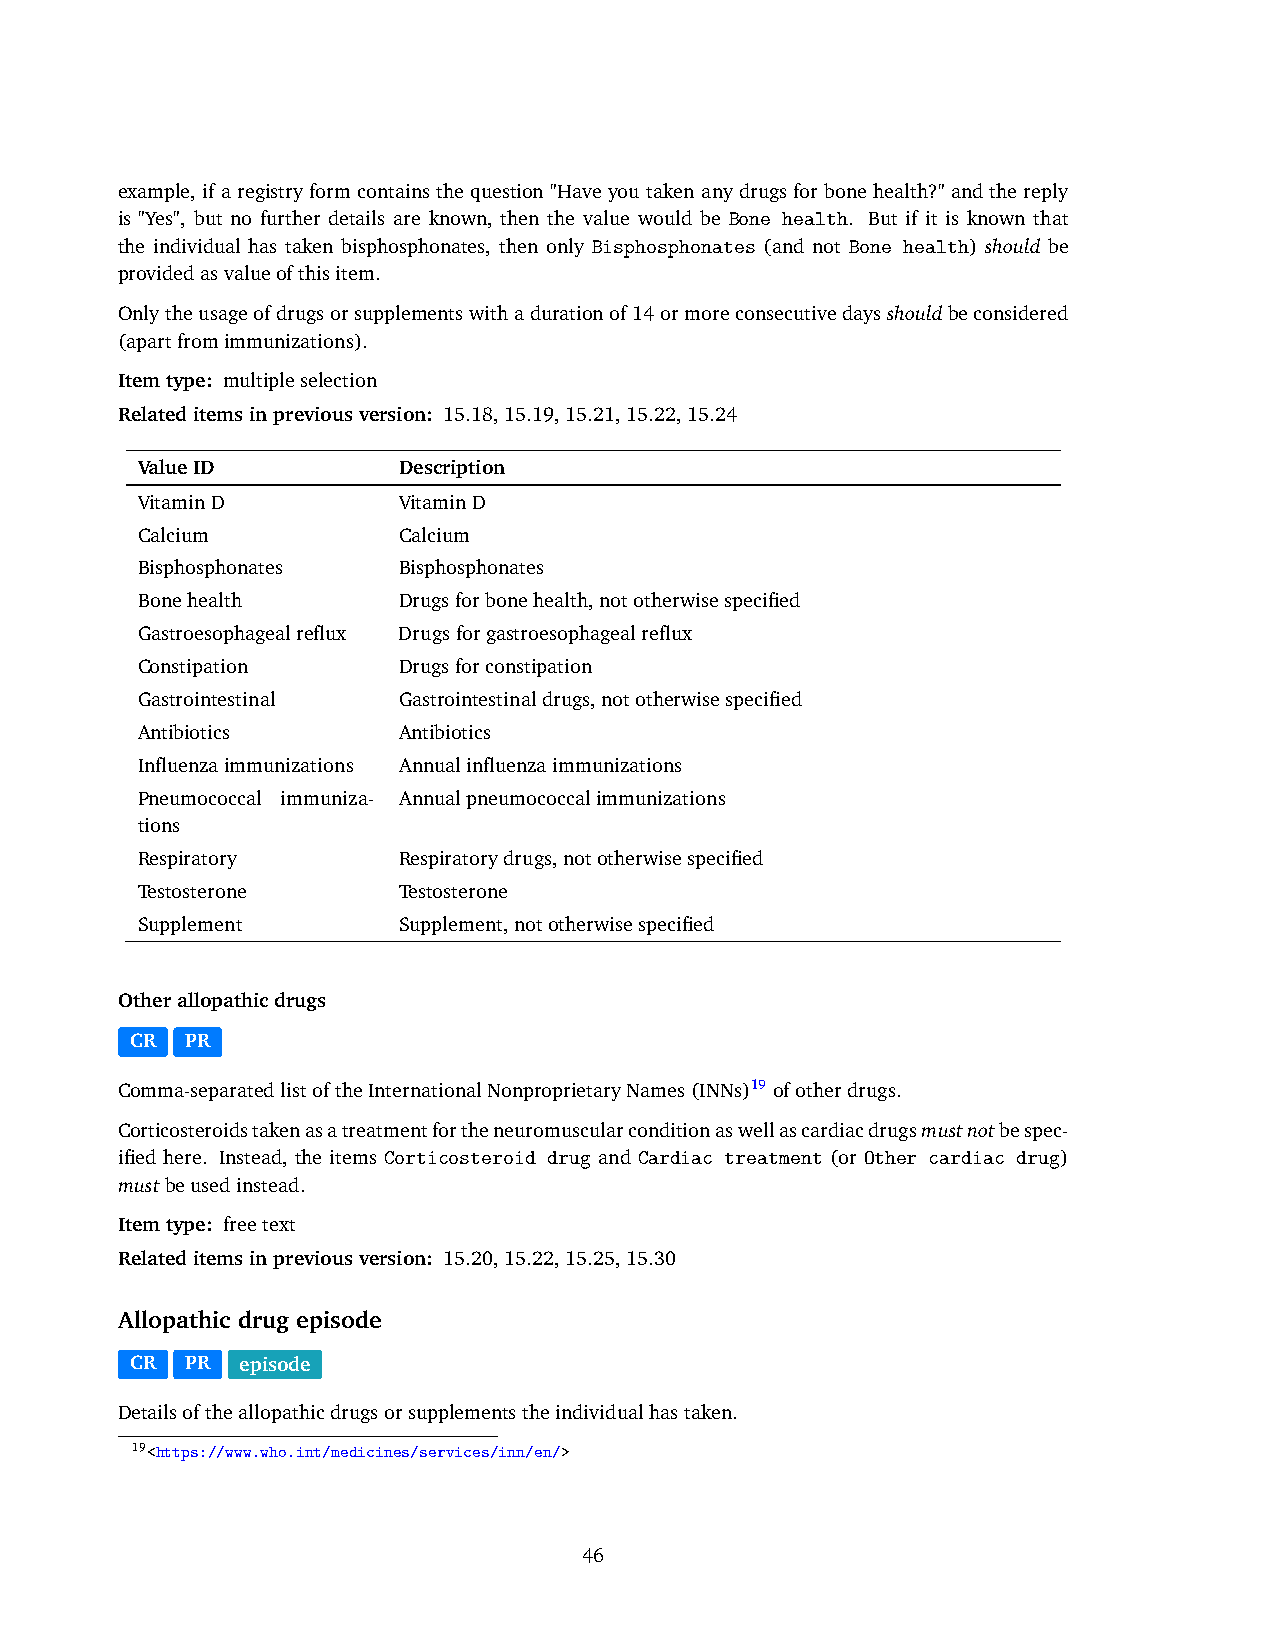
example, if a registry form contains the question "Have you taken any drugs for bone health?" and the reply
 is "Yes", but no further details are known, then the value would be Bone health. But if it is known that
 the individual has taken bisphosphonates, then only Bisphosphonates (and not Bone health) should be
 providedasvalueofthisitem.
 Onlytheusageofdrugsorsupplementswithadurationof14ormoreconsecutivedaysshouldbeconsidered
 (apartfromimmunizations).
 Itemtype: multipleselection
 Relateditemsinpreviousversion: 15.18,15.19,15.21,15.22,15.24
 ValueID          Description
 VitaminD         VitaminD
 Calcium          Calcium
 Bisphosphonates  Bisphosphonates
 Bonehealth       Drugsforbonehealth,nototherwisespecified
 Gastroesophagealreflux Drugsforgastroesophagealreflux
 Constipation     Drugsforconstipation
 Gastrointestinal Gastrointestinaldrugs,nototherwisespecified
 Antibiotics      Antibiotics
 Influenzaimmunizations Annualinfluenzaimmunizations
 Pneumococcal immuniza- Annualpneumococcalimmunizations
 tions
 Respiratory      Respiratorydrugs,nototherwisespecified
 Testosterone     Testosterone
 Supplement       Supplement,nototherwisespecified
 Otherallopathicdrugs
 CR PR
 Comma-separatedlistoftheInternationalNonproprietaryNames(INNs)19 ofotherdrugs.
 Corticosteroidstakenasatreatmentfortheneuromuscularconditionaswellascardiacdrugsmustnotbespec-
 ified here. Instead, the items Corticosteroid drug and Cardiac treatment (or Other cardiac drug)
 mustbeusedinstead.
 Itemtype: freetext
 Relateditemsinpreviousversion: 15.20,15.22,15.25,15.30
 Allopathic drug episode
 CR PR  episode
 Detailsoftheallopathicdrugsorsupplementstheindividualhastaken.
 19<https://www.who.int/medicines/services/inn/en/>
 46